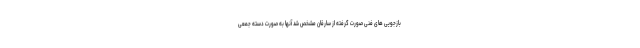
بازجویی های فنی صورت گرفته از سارقان مشخص شد آنها به صورت دسته جمعی